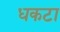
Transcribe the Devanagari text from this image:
धकटा